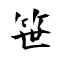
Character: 笹